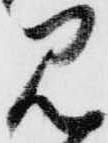
見